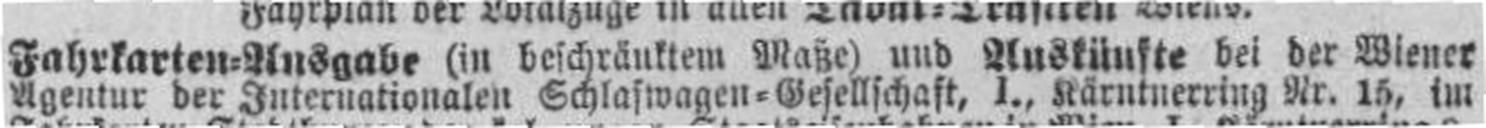
Agentur der Internationalen Schlafwagen=Gesellschaft, I., Kärntnerring Nr. 15, im